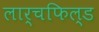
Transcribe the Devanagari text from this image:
लार्चफिल्ड